Civil Veterinary Department. Central Provinces & Berar 1932-41 - 1932-1941
Year: 1932
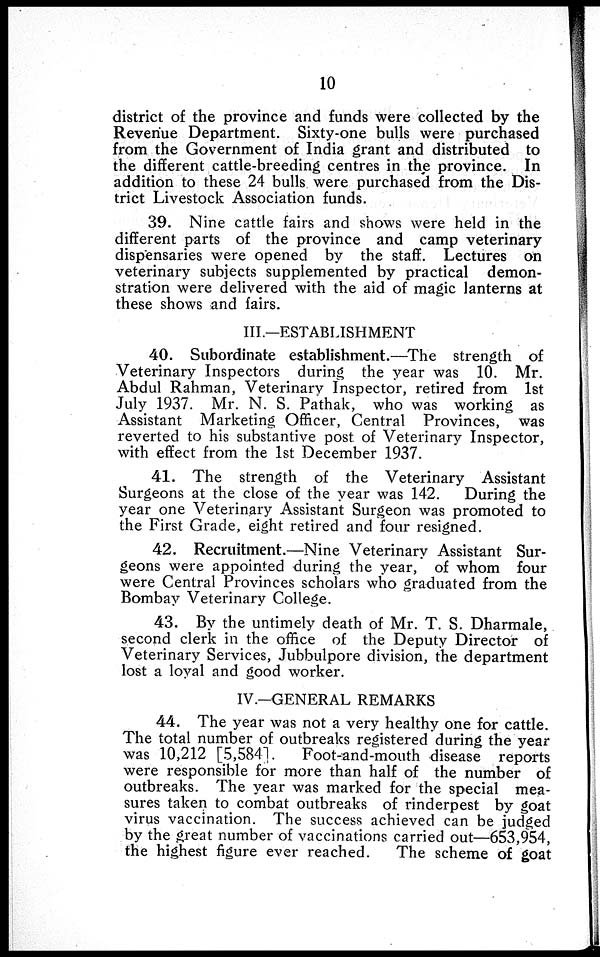
10
district of the province and funds were collected by the
Revenue Department. Sixty-one bulls were purchased
from the Government of India grant and distributed to
the different cattle-breeding centres in the province. In
addition to these 24 bulls were purchased from the Dis-
trict Livestock Association funds.
39. Nine cattle fairs and shows were held in the
different parts of the province and camp veterinary
dispensaries were opened by the staff. Lectures on
veterinary subjects supplemented by practical demon-
stration were delivered with the aid of magic lanterns at
these shows and fairs.
III.—ESTABLISHMENT
40. Subordinate establishment.—The strength of
Veterinary Inspectors during the year was 10. Mr.
Abdul Rahman, Veterinary Inspector, retired from 1st
July 1937. Mr. N. S. Pathak, who was working as
Assistant Marketing Officer, Central Provinces, was
reverted to his substantive post of Veterinary Inspector,
with effect from the 1st December 1937.
41. The strength of the Veterinary Assistant
Surgeons at the close of the year was 142. During the
year one Veterinary Assistant Surgeon was promoted to
the First Grade, eight retired and four resigned.
42. Recruitment.—Nine Veterinary Assistant Sur-
geons were appointed during the year, of whom four
were Central Provinces scholars who graduated from the
Bombay Veterinary College.
43. By the untimely death of Mr. T. S. Dharmale,
second clerk in the office of the Deputy Director of
Veterinary Services, Jubbulpore division, the department
lost a loyal and good worker.
IV.—GENERAL REMARKS
44. The year was not a very healthy one for cattle.
The total number of outbreaks registered during the year
was 10,212 [5,584].
Foot-and-mouth disease reports
were responsible for more than half of the number of
outbreaks. The year was marked for the special mea-
sures taken to combat outbreaks of rinderpest by goat
virus vaccination. The success achieved can be judged
by the great number of vaccinations carried out—653,954,
the highest figure ever reached.
The scheme of goat